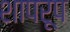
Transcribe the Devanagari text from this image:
शापरूप